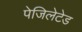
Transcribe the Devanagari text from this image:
पेजिलेटेड